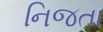
નિજતા